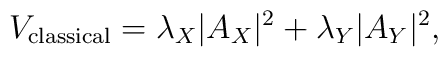
V_{\rm classical}  = \lambda_X |A_X|^2 + \lambda_Y |A_Y|^2,